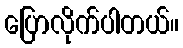
ပြောလိုက်ပါတယ်။